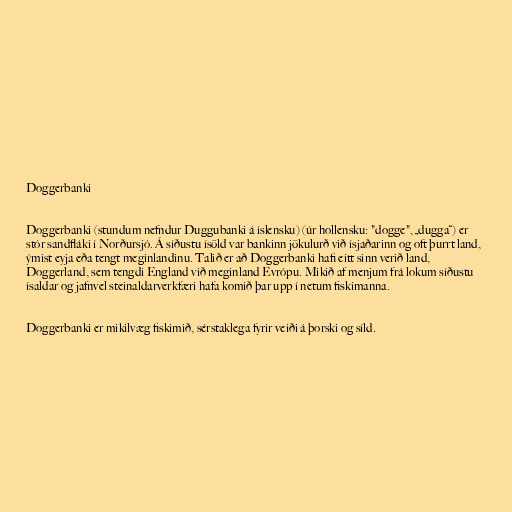
Doggerbanki

Doggerbanki (stundum nefndur Duggubanki á íslensku) (úr hollensku: "dogge", „dugga“) er
stór sandfláki í Norðursjó. Á síðustu ísöld var bankinn jökulurð við ísjaðarinn og oft þurrt land,
ýmist eyja eða tengt meginlandinu. Talið er að Doggerbanki hafi eitt sinn verið land,
Doggerland, sem tengdi England við meginland Evrópu. Mikið af menjum frá lokum síðustu
ísaldar og jafnvel steinaldarverkfæri hafa komið þar upp í netum fiskimanna.

Doggerbanki er mikilvæg fiskimið, sérstaklega fyrir veiði á þorski og síld.